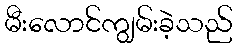
မီးလောင်ကျွမ်းခဲ့သည်